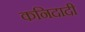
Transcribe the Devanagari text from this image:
कनिदादी